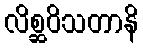
လိစ္ဆဝိသတာနိ